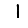
Digit: 1